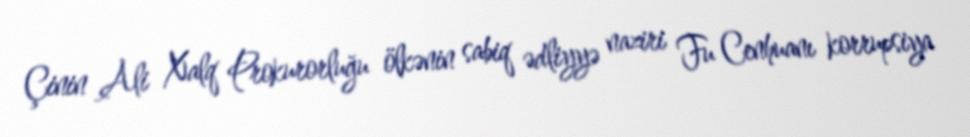
Çinin Ali Xalq Prokurorluğu ölkənin sabiq ədliyyə naziri Fu Cenhuanı korrupsiya